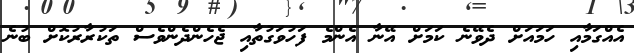
އެއްގަމާއި ހަމައަށް ދެވޭނެ ކަމަށް އޭނާ އެންމެ ފަހުވަގުތާއި ޖެހެންދެންވެސް ތަކުރާރުކޮށް ބުނެ